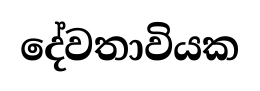
දේවතාවියක